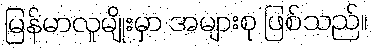
မြန်မာလူမျိုးမှာ အများစု ဖြစ်သည်။